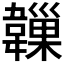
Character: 𩏙